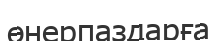
өнерпаздарға